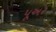
પૂઅર